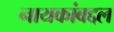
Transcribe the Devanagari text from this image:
नायकांबद्दल